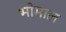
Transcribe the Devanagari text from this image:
भीमाल